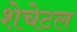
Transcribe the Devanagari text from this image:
शेचेटल